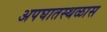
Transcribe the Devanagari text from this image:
अपघातस्थळास